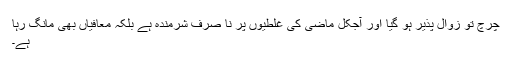
چرچ تو زوال پذیر ہو گیا اور آجکل ماضی کی غلطیوں پر نا صرف شرمندہ ہے بلکہ معافیاں بھی مانگ رہا
ہے۔